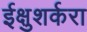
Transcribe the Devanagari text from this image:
ईक्षुशर्करा